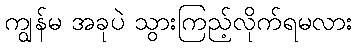
ကျွန်မ အခုပဲ သွားကြည့်လိုက်ရမလား